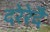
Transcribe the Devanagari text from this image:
दरेरेदै